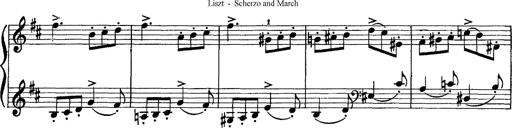
Title: Scherzo und Marsch
Composer: Franz Liszt